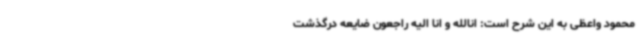
محمود واعظی به این شرح است: انالله و انا الیه راجعون ضایعه درگذشت